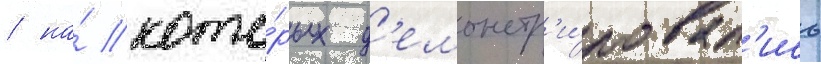
/ на́ кото́рых д'емонстр'и́ровал'ись